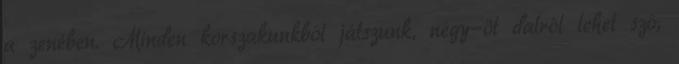
a zenében. Minden korszakunkból játszunk, négy-öt dalról lehet szó,